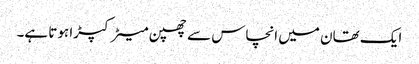
ایک تھان میں انچاس سے چھپن میٹر کپڑا ہوتا ہے۔